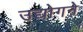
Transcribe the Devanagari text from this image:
उद्योगने